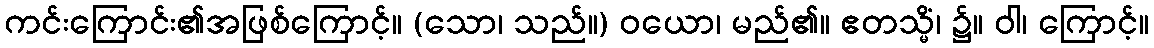
ကင်းကြောင်း၏အဖြစ်ကြောင့်။ (သော၊ သည်။) ဝယော၊ မည်၏။ ဧတသ္မိံ၊ ၌။ ဝါ၊ ကြောင့်။